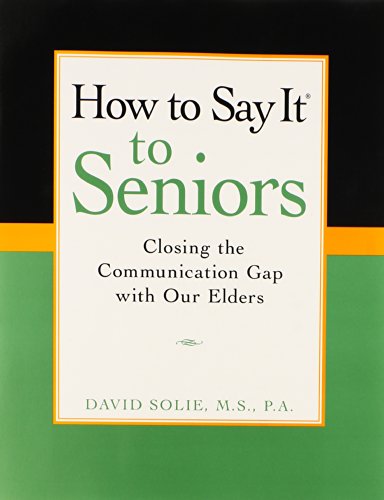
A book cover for How to Say It to Seniors: Closing the Communication Gap with Our Elders; David Solie; Parenting & Relationships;